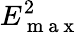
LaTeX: E_{\mathrm{~m~a~x~}}^{2}